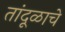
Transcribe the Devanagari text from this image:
तांदूळाचे